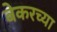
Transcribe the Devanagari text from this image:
बेकरच्या